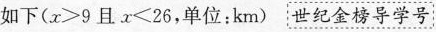
如下($$x ＞ 9$$ 且 $$x ＜ 26$$，单位：km) 世纪金榜导学号